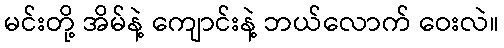
မင်းတို့ အိမ်နဲ့ ကျောင်းနဲ့ ဘယ်လောက် ဝေးလဲ။